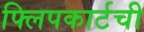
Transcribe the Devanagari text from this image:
फ्लिपकार्टची